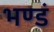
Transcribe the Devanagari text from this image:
भण्डं